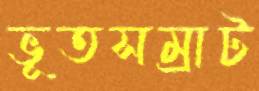
ভূতসম্রাট